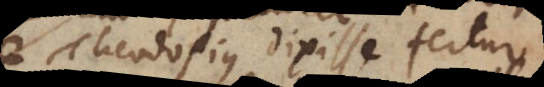
Theodosius dixisse fertur: